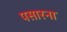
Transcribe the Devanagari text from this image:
पसारना